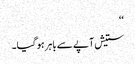
‘‘
ستیش آپے سے باہر ہو گیا۔